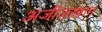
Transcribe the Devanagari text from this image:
अजीजखान